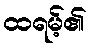
ထရမ့်၏